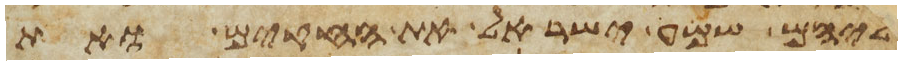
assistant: אליהם שמע ישראל את החקים ואת